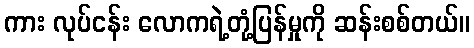
ကား လုပ်ငန်း လောကရဲ့တုံ့ပြန်မှုကို ဆန်းစစ်တယ်။